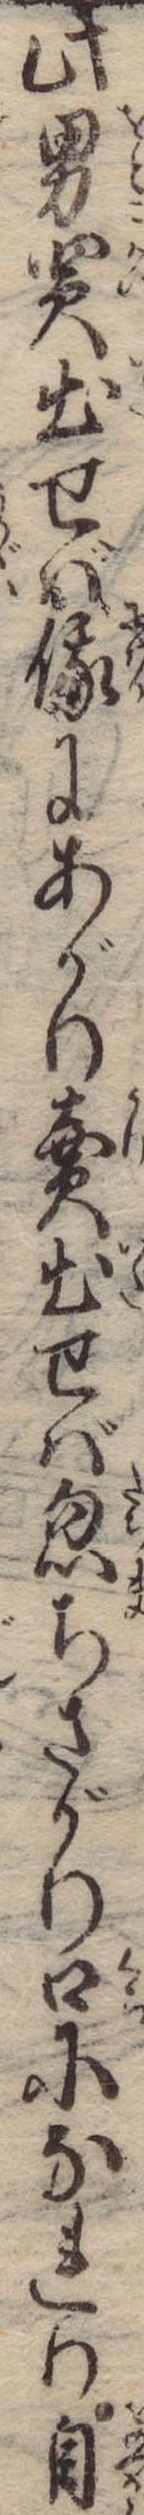
此男買出せば俄にあがり売出せば忽ちさがり口になれり自